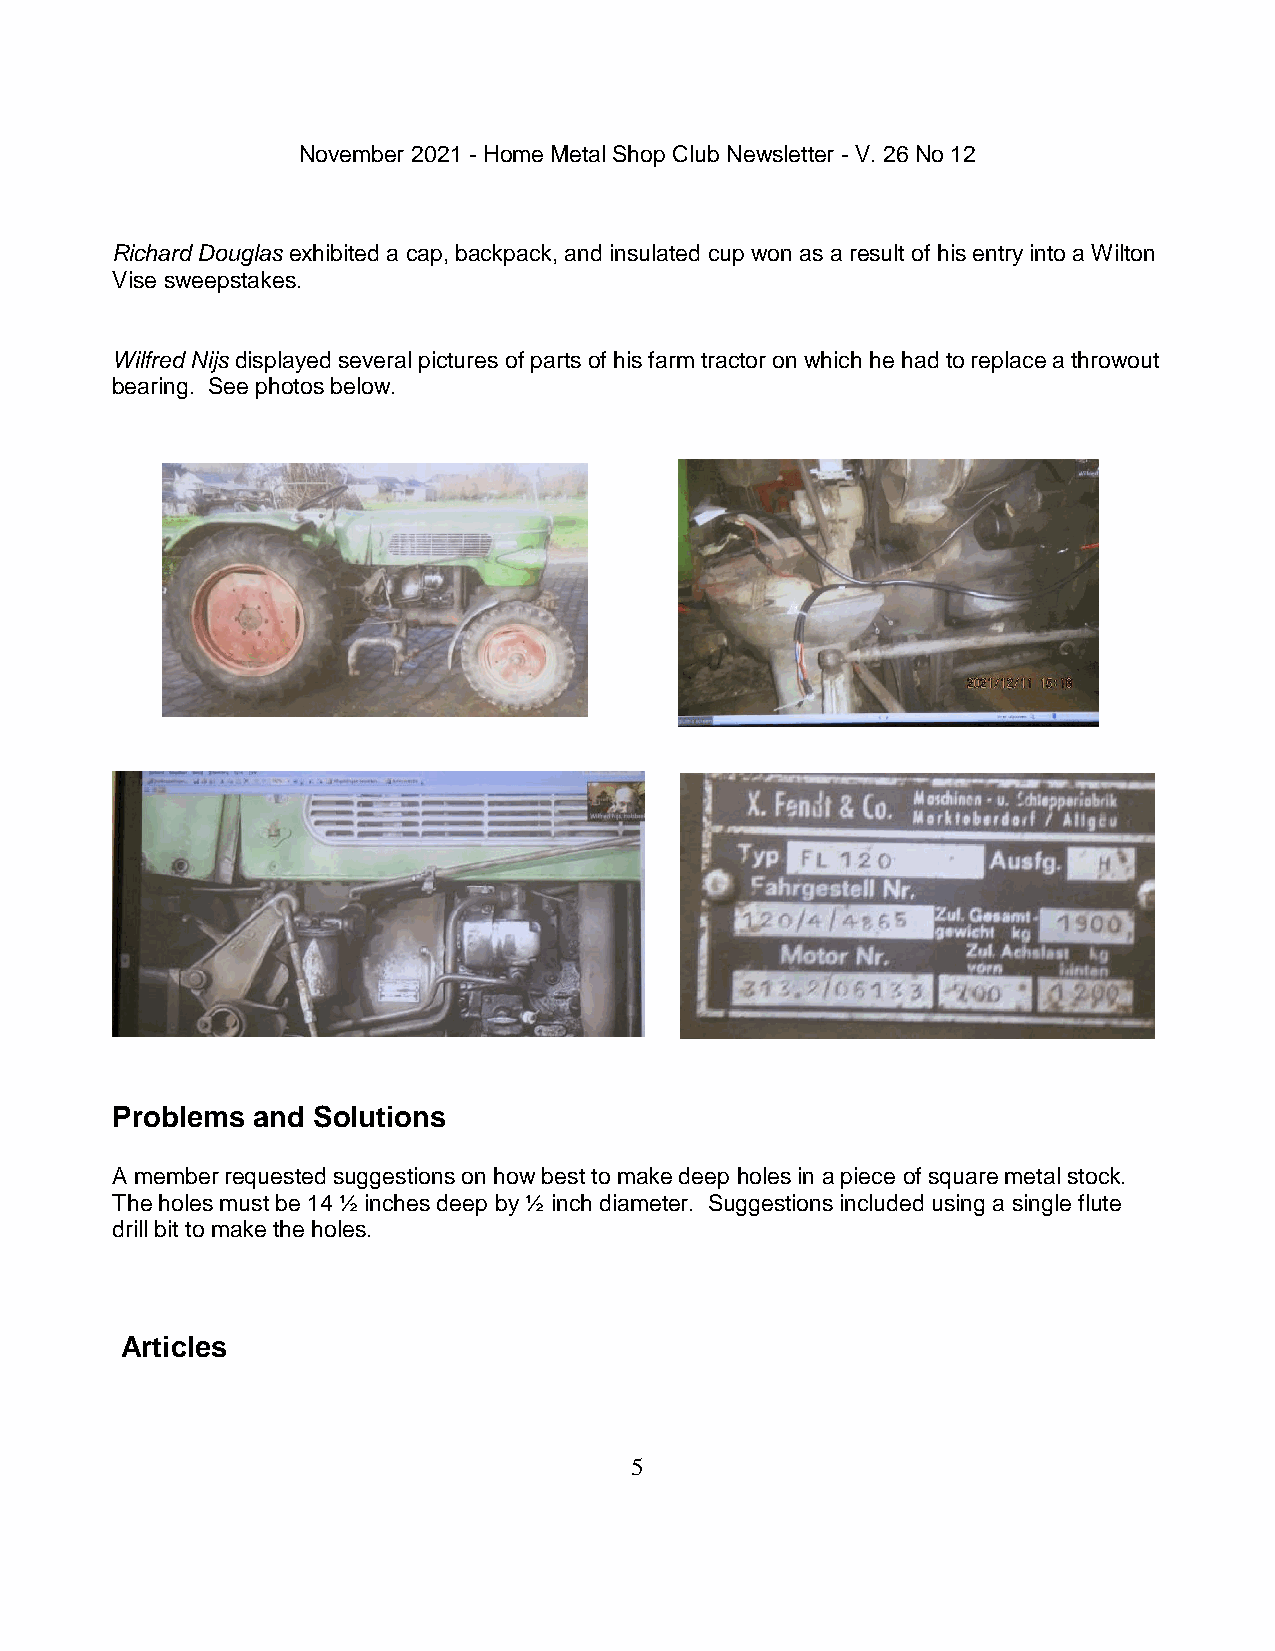
November 2021 - Home Metal Shop Club Newsletter - V. 26 No 12
 Richard Douglas exhibited a cap, backpack, and insulated cup won as a result of his entry into a Wilton
 Vise sweepstakes.
 Wilfred Nijs displayed several pictures of parts of his farm tractor on which he had to replace a throwout
 bearing. See photos below.
 Problems  and Solutions
 A member requested suggestions on how best to make deep holes in a piece of square metal stock.
 The holes must be 14 ½ inches deep by ½ inch diameter. Suggestions included using a single flute
 drill bit to make the holes.
 Articles
 5